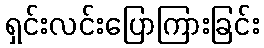
ရှင်းလင်းပြောကြားခြင်း